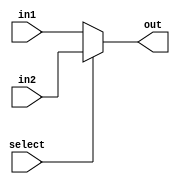
module Mux_9b(
    input select, 
    input[8:0] in1, in2,
    output[8:0] out
    );

    assign out = ~select ? in1 : in2;
    
endmodule